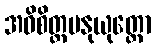
အဓိစိတ္တမနုယုတ္တော